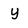
Character: y